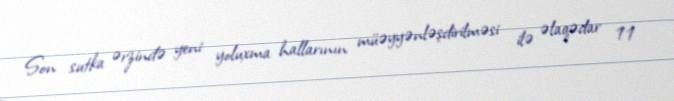
Son sutka ərzində yeni yoluxma hallarının müəyyənləşdirilməsi ilə əlaqədar 11